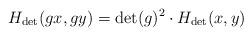
LaTeX: \begin{align*}H_{\det} (gx,gy) = \det(g)^2 \cdot H_{\det}(x,y)\end{align*}